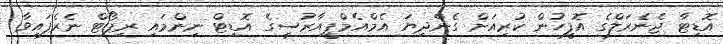
އޮޑިޓާ ޖެނެރަލްގެ އޮފީހުން ކުރިއަށް ގެންދިޔަ އެމްއެމްޕީއާރުސީގެ އޮޑިޓް ނިންމައި ރިޕޯޓް ނެރެފައިވާ